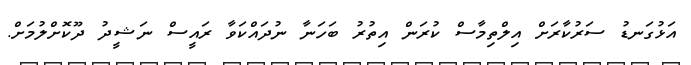
އަޅުގަނޑު ސަރުކާރަށް އިލްތިމާސް ކުރަން އިތުރު ބަހަނާ ނުދައްކަވާ ރައީސް ނަޝީދު ދޫކޮށްލުމަށް.